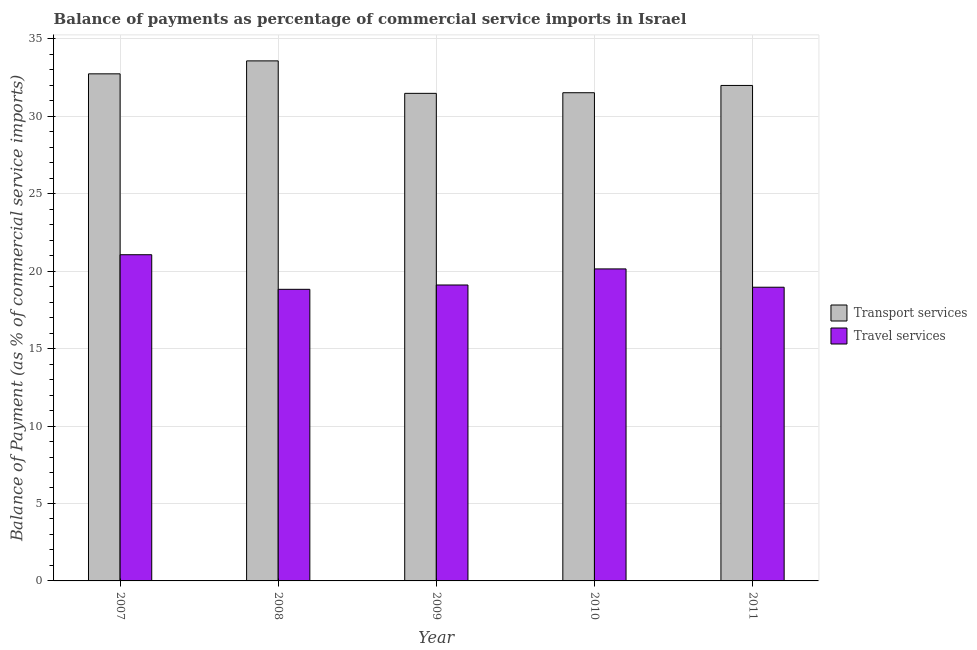
| Year | Transport services | Travel services |
 | --- | --- | --- |
 | 2007 | 32.7 | 21.1 |
 | 2008 | 33.6 | 18.8 |
 | 2009 | 31.5 | 19.1 |
 | 2010 | 31.5 | 20.1 |
 | 2011 | 32 | 19 |